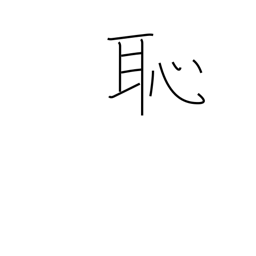
Meaning: shame